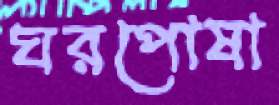
ঘরপোষা